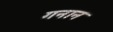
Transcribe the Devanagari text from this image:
गनान